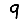
Digit: 9